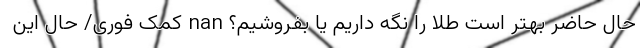
حال حاضر بهتر است طلا را نگه داریم یا بفروشیم؟ nan کمک فوری/ حال این